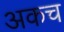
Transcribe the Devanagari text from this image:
अकच